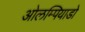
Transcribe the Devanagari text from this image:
ओलम्पियाडो